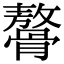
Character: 𩪋